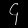
Digit: ၄